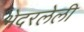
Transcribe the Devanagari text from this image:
भेदरलेली